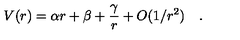
V ( r ) = \alpha r + \beta + { \frac { \gamma } { r } } + O ( 1 / r ^ { 2 } ) \quad .